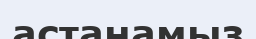
астанамыз